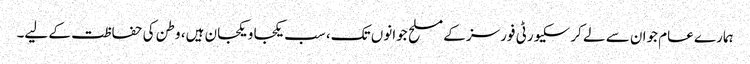
ہمارے عام جوان سے لے کر سکیورٹی فورسز کے مسلح جوانوں تک، سب یکجا و یکجان ہیں، وطن کی حفاظت کے لیے۔